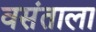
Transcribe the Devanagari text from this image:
वसंताला